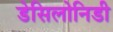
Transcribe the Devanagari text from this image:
डेसिलोनिडी